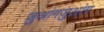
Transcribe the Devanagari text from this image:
ज़ुआंगज़ुआंग